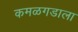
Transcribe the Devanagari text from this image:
कमळगडाला